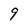
Character: 9